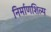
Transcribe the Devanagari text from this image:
निर्माणशिल्प